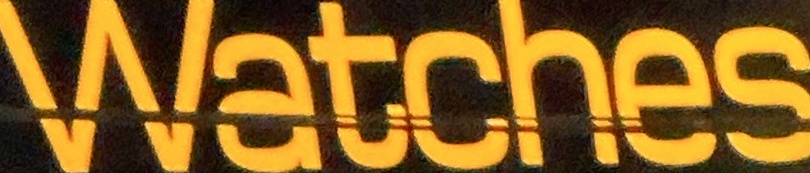
Watches